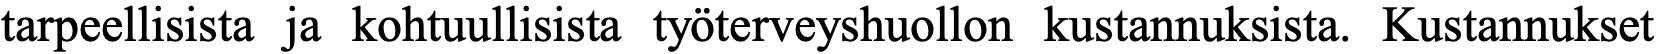
tarpeellisista ja kohtuullisista työterveyshuollon kustannuksista. Kustannukset